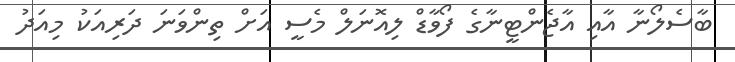
ބާސެލޯނާ އާއި އާޖެންޓީނާގެ ފޯވާޑް ލިއޮނަލް މެސީ އަށް ތިންވަނަ ދަރިއަކު މިއަދު